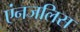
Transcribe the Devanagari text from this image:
एंनजलिस